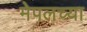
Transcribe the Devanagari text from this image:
मेपलच्या